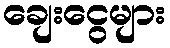
ချေးငွေများ